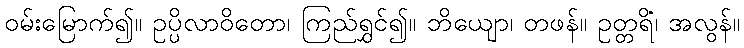
ဝမ်းမြောက်၍။ ဥပ္ပိလာဝိတော၊ ကြည်ရွှင်၍။ ဘိယျော၊ တဖန်။ ဥတ္တရိံ၊ အလွန်။